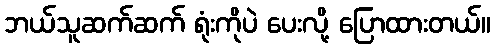
ဘယ်သူဆက်ဆက် ရုံးကိုပဲ ပေးလို့ ပြောထားတယ်။